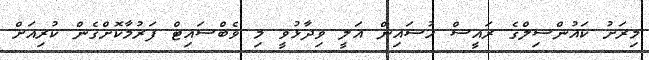
މިރަށު ކައުންސިލްގެ ރައީސް ހުސައިން އަލީ ވިދާޅުވީ މި ވެބްސައިޓް ފަރުމާކޮށްގެން ކުރިއަށް